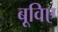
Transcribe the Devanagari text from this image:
बूविए